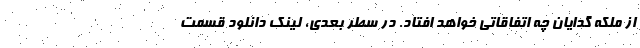
از ملکه گدایان چه اتفاقاتی خواهد افتاد. در سطر بعدی، لینک دانلود قسمت